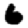
Digit: 6